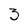
Character: 3